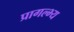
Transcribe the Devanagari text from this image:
प्रागल्भ्य